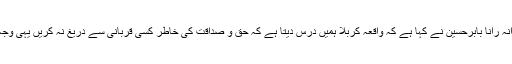
11 اکتوبر2016ء) صوبائی پارلیمانی سیکرٹری برائے خزانہ رانا بابرحسین نے کہا ہے کہ واقعہ کربلا ہمیں درس دیتا ہے کہ حق و صداقت کی خاطر کسی قربانی سے دریغ نہ کریں یہی وجہ ہے کہ کئی صدیاں گزرنے کے بعد بھی یہ واقعہ زندہ ہے۔